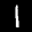
Label: 1